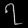
Digit: ၇